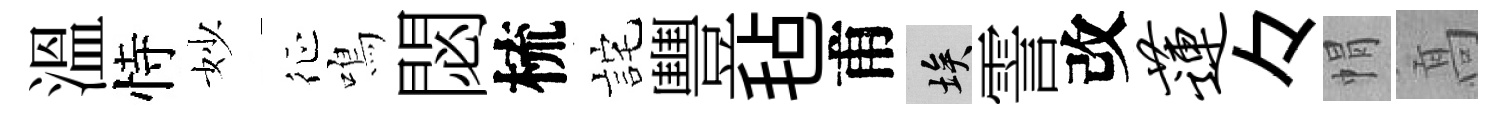
溫恃妙征鳴閟梳詫豐毡甫埃霅改莲々㡌髙